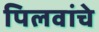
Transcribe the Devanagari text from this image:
पिलवांचे